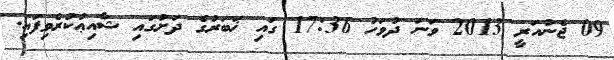
09 ޖެނުއަރީ 2013 ވަނަ ދުވަހު 17:36 ގައި ޚަބަރުގެ ދަށުގައި ޝާއިޢުކުރެވިފައި.